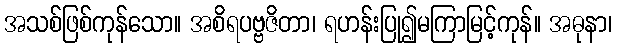
အသစ်ဖြစ်ကုန်သော။ အစိရပဗ္ဗဇိတာ၊ ရဟန်းပြု၍မကြာမြင့်ကုန်။ အဓုနာ၊